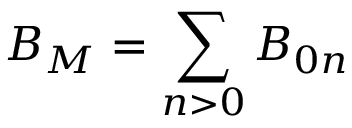
B _ { M } = \sum _ { n > 0 } B _ { 0 n }